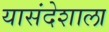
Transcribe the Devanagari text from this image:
यासंदेशाला